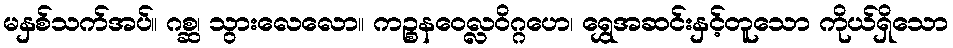
မနှစ်သက်အပ်။ ဂစ္ဆ၊ သွားလေလော။ ကဉ္စနဝေလ္လဝိဂ္ဂဟေ၊ ရွှေအဆင်းနှင့်တူသော ကိုယ်ရှိသော